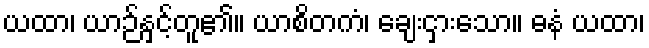
ယထာ၊ ယာဉ်နှင့်တူ၏။ ယာစိတကံ၊ ချေးငှားသော။ ဓနံ ယထာ၊